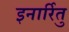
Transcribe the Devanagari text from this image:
इनार्रितु